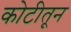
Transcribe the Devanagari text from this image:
कोटीतून